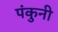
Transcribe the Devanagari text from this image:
पंकुनी